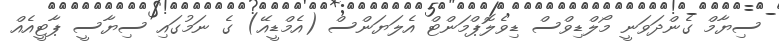
ސިޔާމް ގެންދަވަނީ މޯލްޑިވްސް ޑިވެލޮޕްމަންޓް އެލަޔަންސް (އެމްޑީއޭ) ގެ ނަމުގައި ސިޔާސީ ޕާޓީއެއް